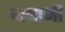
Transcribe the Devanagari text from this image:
नद्यानी